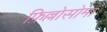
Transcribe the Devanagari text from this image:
फ़िल्लोसोमा